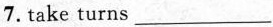
7.take turns ___